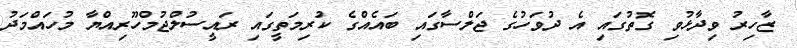
ޒާހިރު ވިދާޅުވި ގޮތުގައި އެ ދުވަހުގެ ޖަލްސާގައި ބައެއްގެ ކުރިމަތީގައި ރައީސުލްޖުމްހޫރިއްޔާ މުހައްމަދު